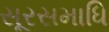
સૂરસમાધિ